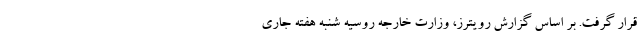
قرار گرفت. بر اساس گزارش رویترز، وزارت خارجه روسیه شنبه هفته جاری